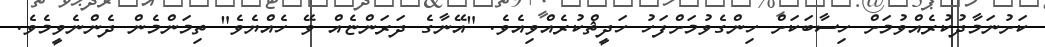
ކަށުނަމާދުކުރެއްވުމަށް ހިސާބަކަށް ހިންގެވުމަށްފަހު ހަދީޘްކުރެއްވިއެވެ. "އޭނާގެ ދަރަންޏެއް ވޭ ހެއްޔެވެ" ތިމަންމެން ދެންނެވީމެވެ.